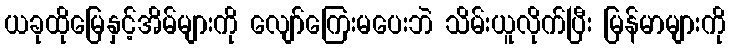
ယခုထိုမြေနှင့်အိမ်များကို လျော်ကြေးမပေးဘဲ သိမ်းယူလိုက်ပြီး မြန်မာများကို